Scottish Certificate of Education, 1962
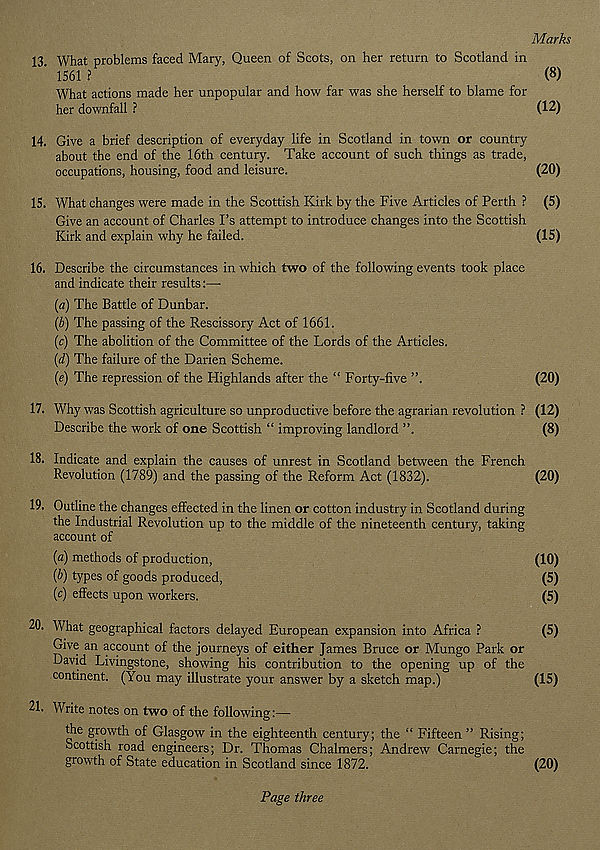
Marks
13. What problems faced Mary, Queen of Scots, on her return to Scotland in
' 1561 ?
(8)
What actions made her unpopular and how far was she herself to blame for
her downfall ?
(12)
14. Give a brief description of everyday life in Scotland in town or country
about the end of the 16th century. Take account of such things as trade,
occupations, housing, food and leisure.
(20)
15. What changes were made in the Scottish Kirk by the Five Articles of Perth ? (5)
Give an account of Charles Fs attempt to introduce changes into the Scottish
Kirk and explain why he failed.
(15)
16. Describe the circumstances in which two of the following events took place
and indicate their results:—
{a) The Battle of Dunbar.
{b) The passing of the Rescissory Act of 1661.
(c) The abolition of the Committee of the Lords of the Articles.
(d) The failure of the Darien Scheme.
(e) The repression of the Highlands after the “ Forty-five
(20)
17. Why was Scottish agriculture so unproductive before the agrarian revolution ? (12)
Describe the work of one Scottish “ improving landlord ”.
(8)
18. Indicate and explain the causes of unrest in Scotland between the French
Revolution (1789) and the passing of the Reform Act (1832).
(20)
19. Outline the changes effected in the linen or cotton industry in Scotland during
the Industrial Revolution up to the middle of the nineteenth century, taking
account of
{a) methods of production,
(10)
[b) types of goods produced,
(5)
(c) effects upon workers.
(5)
20. What geographical factors delayed European expansion into Africa ?
(5)
Give an account of the journeys of either James Bruce or Mungo Park or
David Livingstone, showing his contribution to the opening up of the
continent. (You may illustrate your answer by a sketch map.)
(15)
21. Write notes on two of the following:—
the growth of Glasgow in the eighteenth century; the “ Fifteen ” Rising;
Scottish road engineers; Dr. Thomas Chalmers; Andrew Carnegie; the
growth of State education in Scotland since 1872.
(20)
Page three